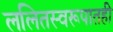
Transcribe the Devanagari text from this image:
ललितस्वरूपातही